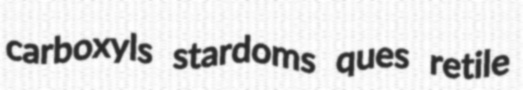
carboxyls stardoms ques retile